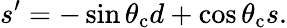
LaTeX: s^{\prime}=-\sin{\theta_{\mathrm{c}}}d+\cos{\theta_{\mathrm{c}}}s.